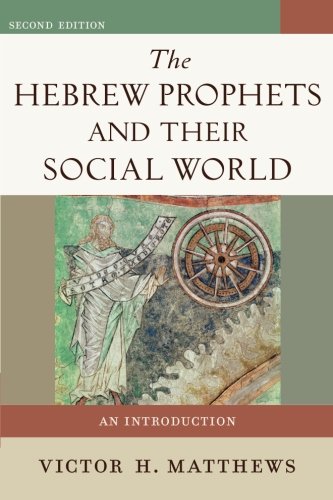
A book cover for The Hebrew Prophets and Their Social World: An Introduction; Victor H. Matthews; Christian Books & Bibles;